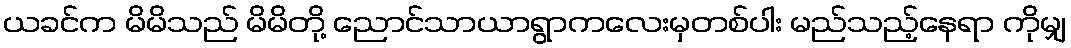
ယခင်က မိမိသည် မိမိတို့ ညောင်သာယာရွာကလေးမှတစ်ပါး မည်သည့်နေရာ ကိုမျှ